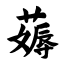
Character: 薅